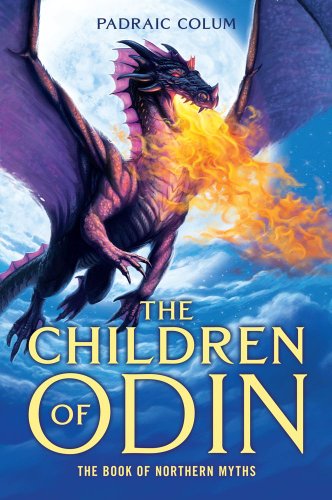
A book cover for The Children of Odin: The Book of Northern Myths; Padraic Colum; Children's Books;